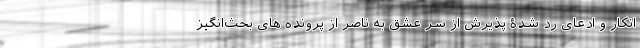
انکار و ادعای رد شدۀ پذیرش از سر عشق به ناصر از پرونده های بحث‌انگیز